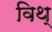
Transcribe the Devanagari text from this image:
विथ्